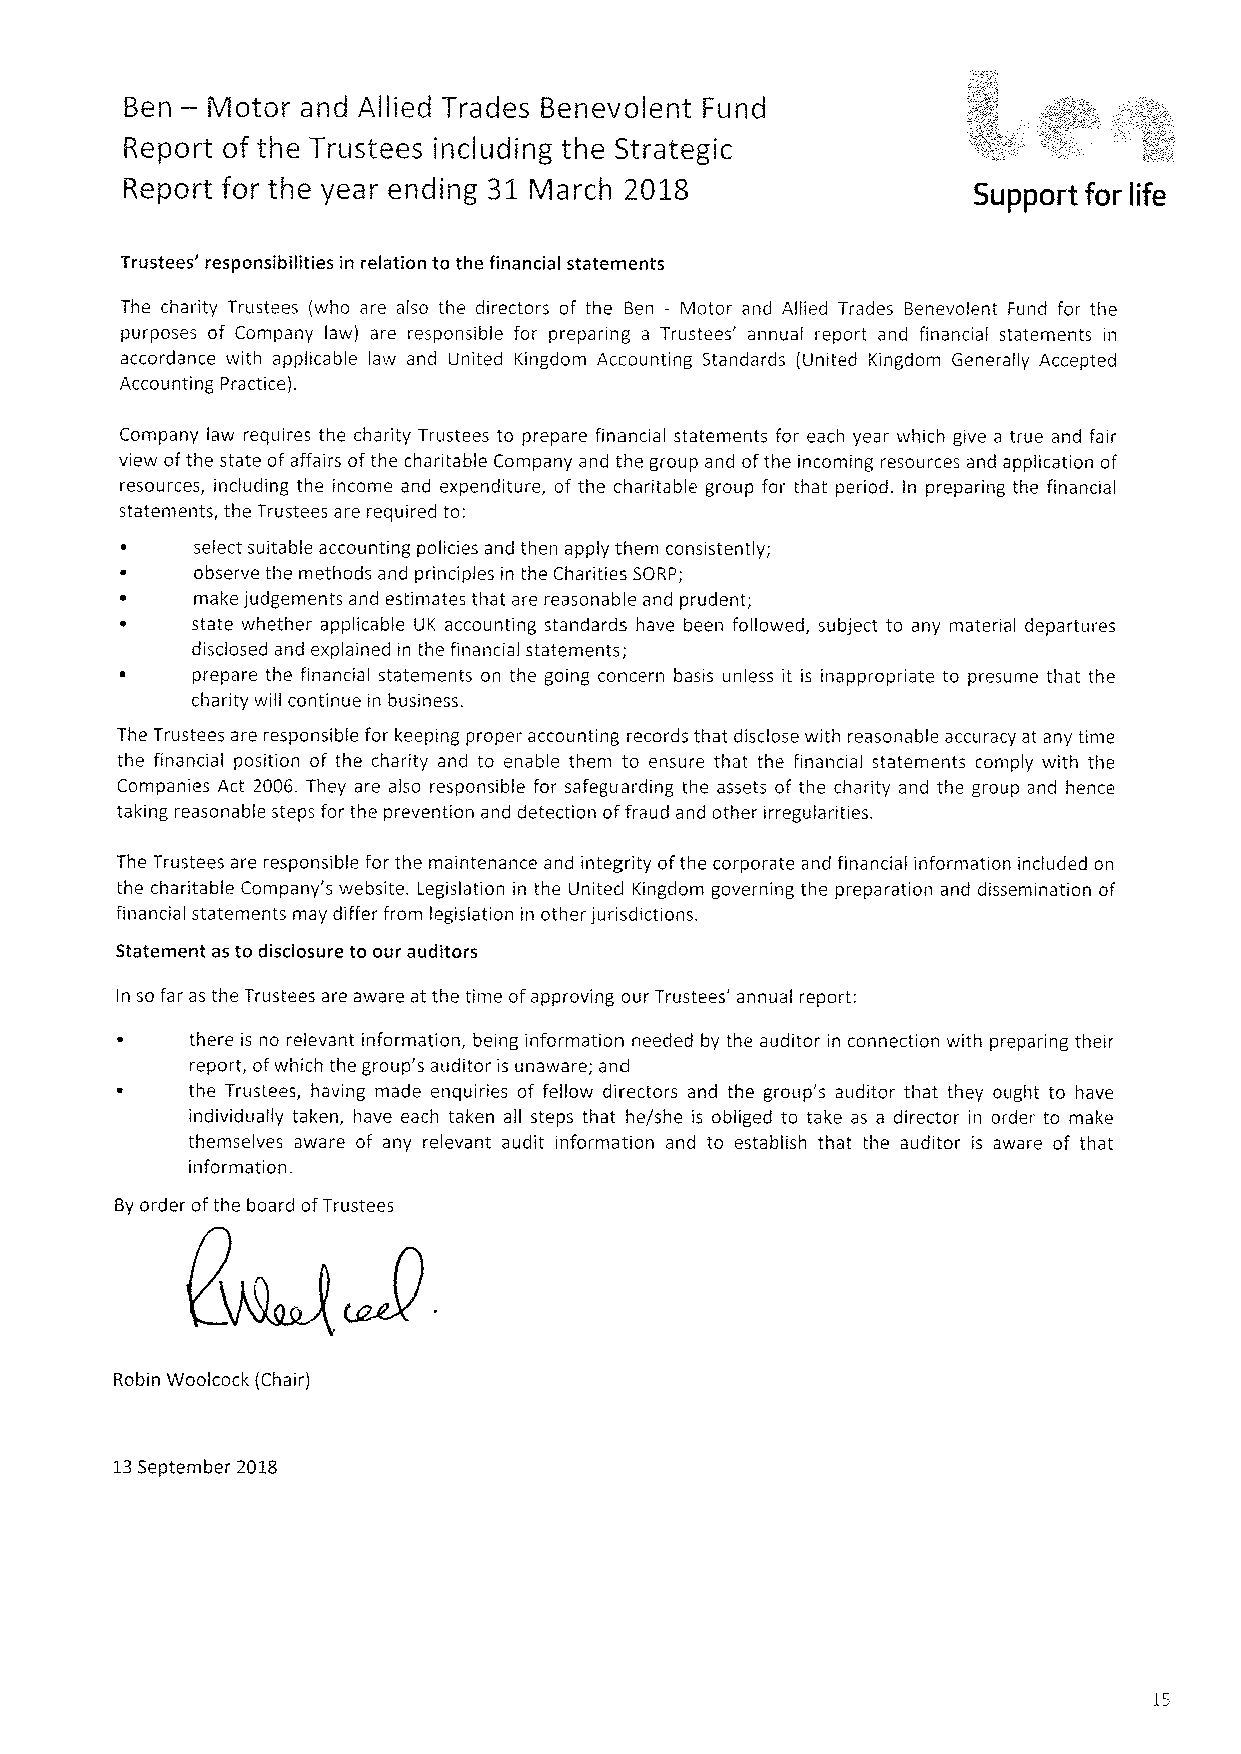
—
 Ben   Motor and Allied Trades Benevolent Fund
 Report of the Trustees including the Strategic
 Report for the year ending 31 March 2018                Support for life
 Trustees' responsibilities in relation to the financial statements
 The charity Trustees (who are also the directors of the Ben - Motor and Allied Trades Benevolent Fund for the
 purposes of Company law) are responsible for preparing a Trustees' annual report and financial statements in
 accordance with applicable Iaw and United Kingdom Accounting Standards (United Kingdom Generally Accepted
 Accounting Practice).
 Company law requires the charity Trustees to prepare financial statements for each year which give a true and fair
 view ofthe state of affairs ofthe charitable Company and the group and ofthe incoming resources and application of
 resources, including the income and expenditure, of the charitable group for that period. In preparing the financial
 statements, the Trustees are required to:
 select suitable accounting policies and then apply them consistently;
 observe the methods and principles in the Charities SORP;
 make judgements and estimates that are reasonable and prudent;
 state whether applicable UK accounting standards have been followed, subject to any material departures
 disclosed and explained in the financial statements;
 prepare the financial statements on the going concern basis unless it is inappropriate to presume that the
 charity will continue in business.
 The Trustees are responsible for keeping proper accounting records that disclose with reasonable accuracy at any time
 the financial position of the charity and to enable them to ensure that the financial statements comply with the
 Companies Act 2006. They are also responsible for safeguarding the assets of the charity and the group and hence
 taking reasonable steps for the prevention and detection offraud and other irregularities.
 The Trustees are responsible for the maintenance and integrity ofthe corporate and financial information included on
 the charitable Company's website. Legislation in the United Kingdom governing the preparation and dissemination of
 financial statements may differ from legislation in other jurisdictions.
 Statement as to disclosure to our auditors
 In so far as the Trustees are aware at the time ofapproving our Trustees' annual report:
 there is no relevant information, being information needed by the auditor in connection with preparing their
 report, ofwhich the group's auditor is unaware; and
 the Trustees, having made enquiries of fellow directors and the group's auditor that they ought to have
 individually taken, have each taken all steps that he/she is obliged to take as a director in order to make
 themselves aware of any relevant audit information and to establish that the auditor is aware of that
 information.
 Byorder ofthe board ofTrustees
 Robin Woolcock (Chair)
 13September 2018